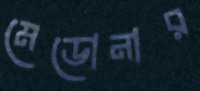
মেডোনার